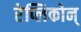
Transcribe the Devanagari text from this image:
रेप्लिकोन्